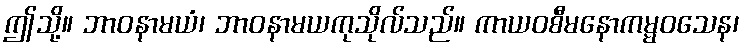
ဤသို့။ ဘာဝနာမယံ၊ ဘာဝနာမယကုသိုလ်သည်။ ကာယဝစီမနောကမ္မဝသေန၊